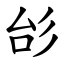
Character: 㣍